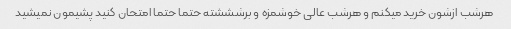
هرشب ازشون خرید میکنم و هرشب عالی خوشمزه و برشششته حتما حتما امتحان کنید پشیمون نمیشید